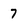
Character: 7